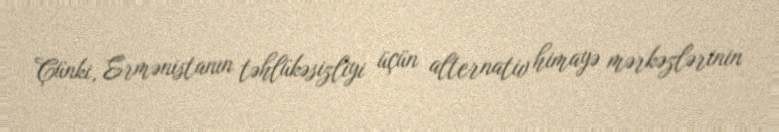
Çünki, Ermənistanın təhlükəsizliyi üçün alternativ himayə mərkəzlərinin